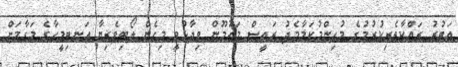
އަބުރު ރައްކާތެރިކުރުމުގެ މުހިންމުކަމާމެދު ރައީސް މައުމޫން ވިދާޅުވީ މިހެން ލޯބިވެރިޔާ އަނބިމީހާގެ މަގާމަށް